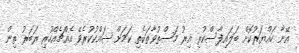
އޭނާ ހައްޔަރުކޮށް ބަލައިފާސްކުރި އިރު މަސްތުވާތަކެތި ކަމަށް ޝައްކުކުރެވޭ އެއްޗެއްހުރި ރަބަރު ތިން